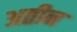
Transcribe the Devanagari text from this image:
अतीन